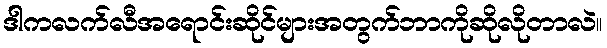
ဒါကလက်လီအရောင်းဆိုင်များအတွက်ဘာကိုဆိုလိုတာလဲ။